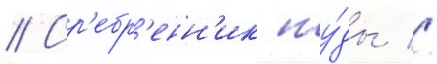
// Ср'ебр'енн'ик иу́ды //